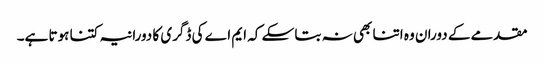
مقدمے کے دوران وہ اتنا بھی نہ بتا سکے کہ ایم اے کی ڈگری کا دورانیہ کتنا ہوتا ہے۔